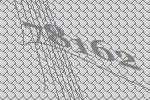
78162